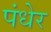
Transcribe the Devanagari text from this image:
पंधेर